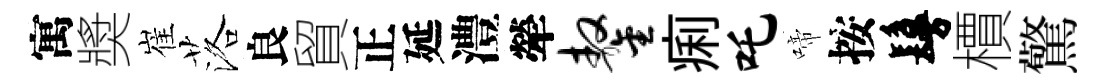
寓奬崔落良貿正延澧犖鏊痢吒啼按鬘檟驚